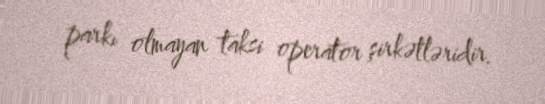
parkı olmayan taksi operator şirkətləridir.